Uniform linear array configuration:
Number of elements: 24
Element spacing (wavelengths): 0.5
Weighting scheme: hamming
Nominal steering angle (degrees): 45
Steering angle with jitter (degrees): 44.85
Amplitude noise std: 0.05
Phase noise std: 0.05

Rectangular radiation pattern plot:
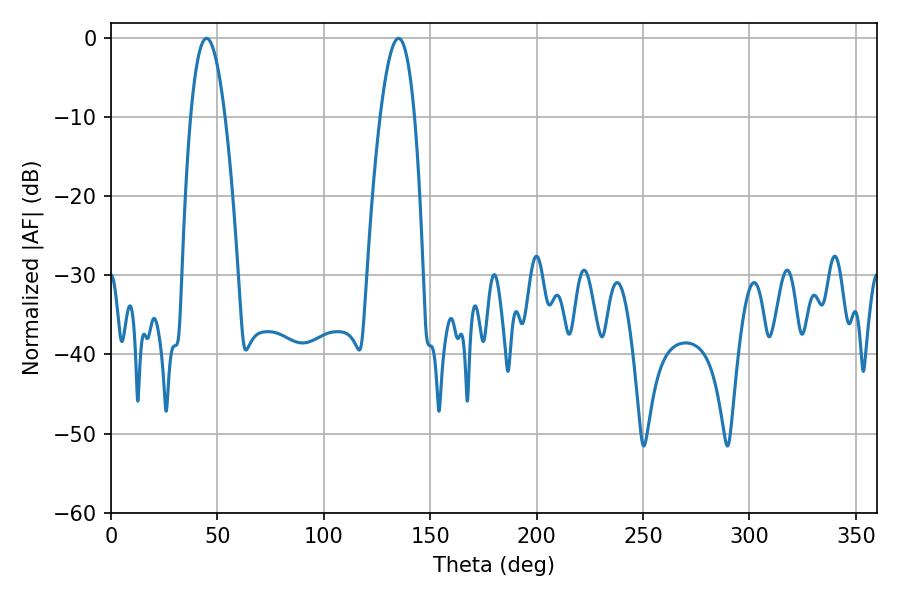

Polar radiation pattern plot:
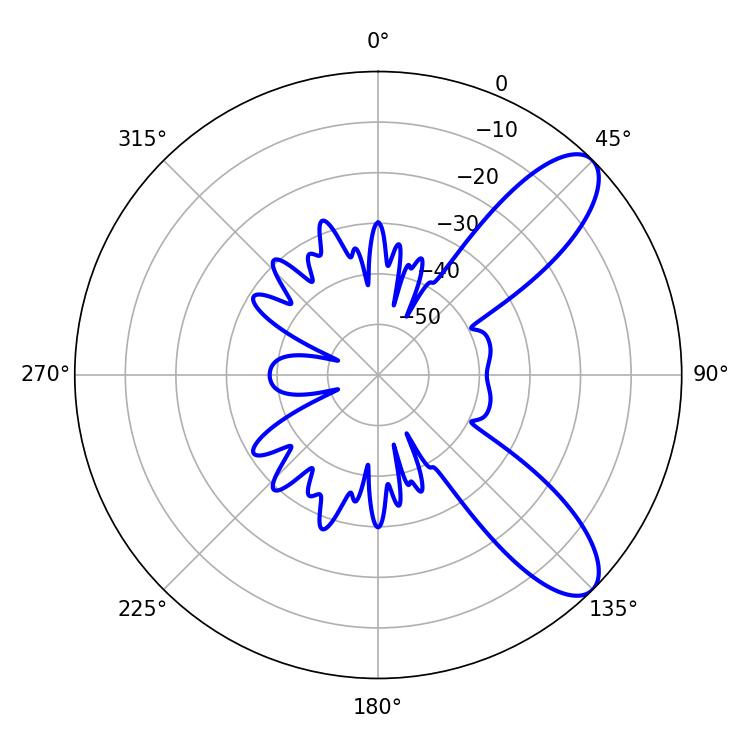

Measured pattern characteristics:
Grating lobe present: FALSE
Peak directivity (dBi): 9.276
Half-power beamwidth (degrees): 8.82
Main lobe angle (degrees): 44.82